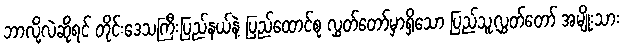
ဘာလို့လဲဆိုရင် တိုင်းဒေသကြီးပြည်နယ်နဲ့ ပြည်ထောင်စု လွှတ်တော်မှာရှိသော ပြည်သူ့လွှတ်တော် အမျိုးသား